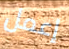
إعمل